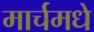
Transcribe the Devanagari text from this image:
मार्चमधे